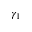
\gamma _ { 1 }